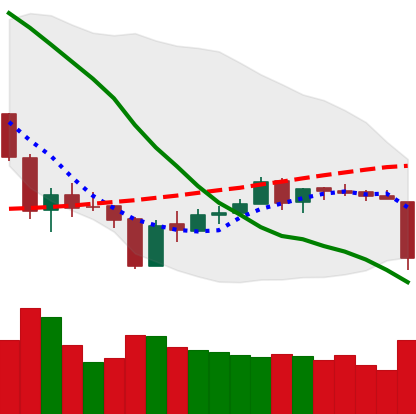
Ticker: ETH-USD
Chart end date: 2018-06-10
Forward return: -6.738%
Label: down_5_7